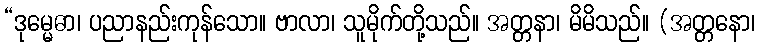
“ဒုမ္မေဓာ၊ ပညာနည်းကုန်သော။ ဗာလာ၊ သူမိုက်တို့သည်။ အတ္တနာ၊ မိမိသည်။ (အတ္တနော၊